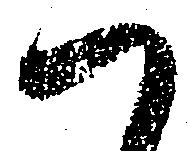
ハ